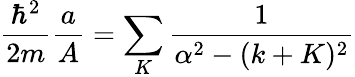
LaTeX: {\frac{\hbar^{2}}{2m}}{\frac{a}{A}}=\sum_{K}{\frac{1}{\alpha^{2}-(k+K)^{2}}}